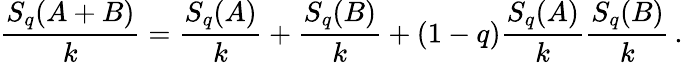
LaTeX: \frac{S_{q}(A+B)}{k}=\frac{S_{q}(A)}{k}+\frac{S_{q}(B)}{k}+(1-q)\frac{S_{q}(A)}{k}\frac{S_{q}(B)}{k}\, .